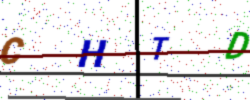
Text: CHTD